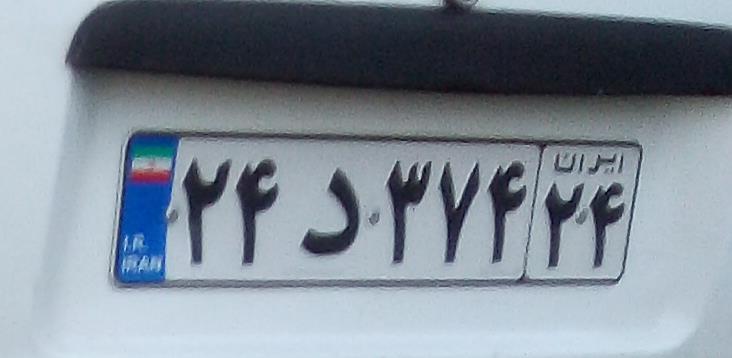
۲۴د۳۷۴۲۴